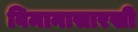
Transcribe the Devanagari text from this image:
विमानासारखी